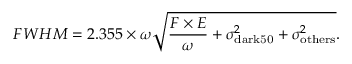
F W H M = 2 . 3 5 5 \times \omega \sqrt { \frac { F \times E } { \omega } + \sigma _ { \mathrm { d a r k 5 0 } } ^ { 2 } + \sigma _ { \mathrm { o t h e r s } } ^ { 2 } } .